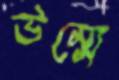
উম্মে